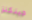
جينكنز